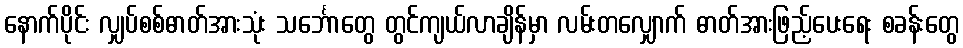
နောက်ပိုင်း လျှပ်စစ်ဓာတ်အားသုံး သင်္ဘောတွေ တွင်ကျယ်လာချိန်မှာ လမ်းတလျှောက် ဓာတ်အားဖြည့်ပေးရေး စခန်းတွေ